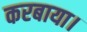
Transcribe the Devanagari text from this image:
करबाया।